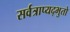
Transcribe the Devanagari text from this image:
सर्वत्राप्यद्भुतो